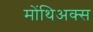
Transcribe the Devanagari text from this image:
मोंथिअक्स